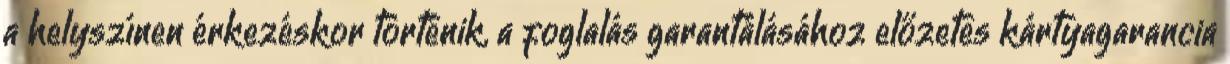
a helyszínen érkezéskor történik, a foglalás garantálásához előzetes kártyagarancia